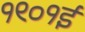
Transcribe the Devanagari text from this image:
१९०१ई